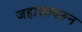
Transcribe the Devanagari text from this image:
जहाजावरून